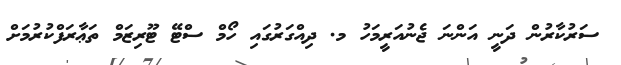
ސަރުކާރުން ދަނީ އަންނަ ޖެނުއަރީމަހު މ. ދިއްގަރުގައި ހޯމް ސްޓޭ ޓޫރިޒަމް ތަޢާރަފްކުރުމަށް